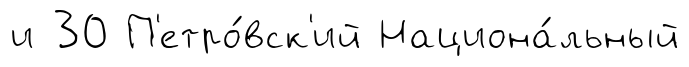
и 30 П'етро́вск'ий Национа́льный